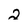
Character: 2